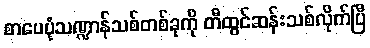
စာပေပုံသဏ္ဍာန်သစ်တစ်ခုကို တီထွင်ဆန်းသစ်လိုက်ပြီ